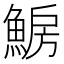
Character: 𩸗